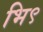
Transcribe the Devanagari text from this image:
भि९